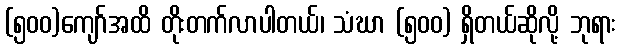
(၅၀၀)ကျော်အထိ တိုးတက်လာပါတယ်၊ သံဃာ (၅၀၀) ရှိတယ်ဆိုလို့ ဘုရား